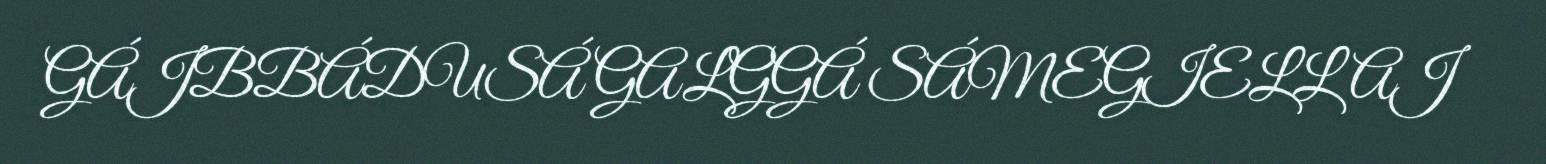
GÁJBBÁDUSÁ GALGGÁ SÁMEGIELLAJ